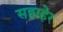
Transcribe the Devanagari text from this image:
सहाहेर